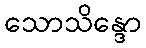
သောသိန္ဒော